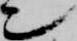
ン